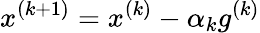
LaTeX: x^{(k+1)}=x^{(k)}-\alpha_{k}g^{(k)}